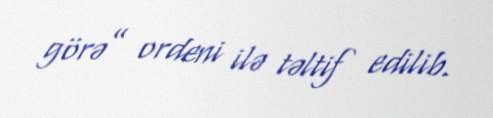
görə” ordeni ilə təltif edilib.